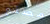
مصنع